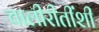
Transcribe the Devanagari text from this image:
चालीरीतींशी